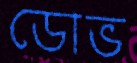
ডোভ